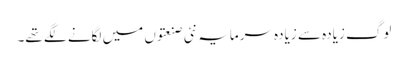
لوگ زیادہ سے زیادہ سرمایہ نئی صنعتوں میں لگانے لگے تھے۔